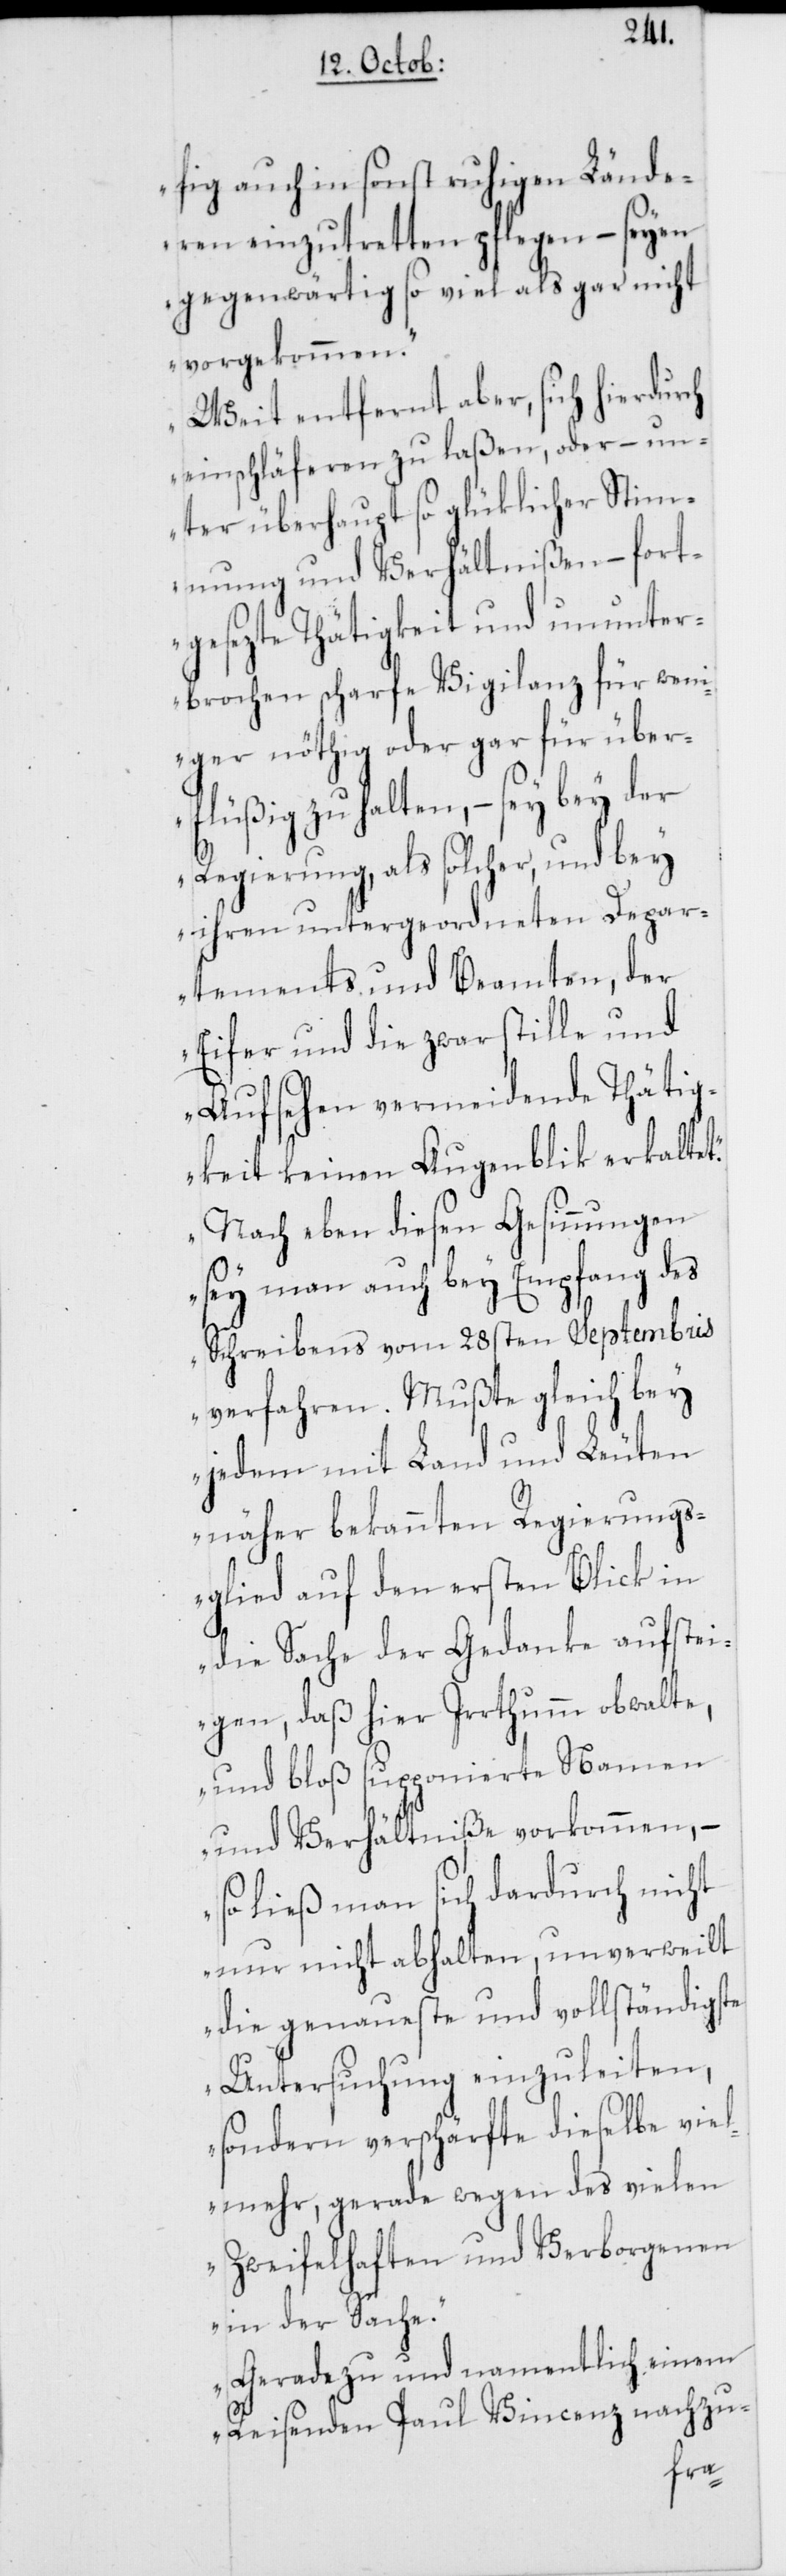
fig auch in sonst ruhigen Lände¬
ren einzutretten pflegen – seyen
gegenwärtig so viel als gar nicht
vorgekommen.
Weit entfernt aber, sich hierdurch
einschläferen zu laßen, oder – un¬
ter überhaupt so glüklicher Stim¬
mung und Verhältnißen – fort¬
gesezte Thätigkeit und ununter¬
brochen scharfe Vigilanz für wen¬
iger nöthig oder gar für über¬
flüßig zu halten, – sey bey der
Regierung, als solcher, und bey
ihren untergeordneten Depar¬
tements und Beamten, der
Eifer und die zwar stille und
Aufsehen vermeidende Thätig¬
keit keinen Augenblik erkaltet.
Nach eben diesen Gesinnungen
sey man auch bey Empfang des
Schreibens vom 28sten Septembris
verfahren. Mußte gleich bey
jedem mit Land und Leuten
näher bekannten Regierungs¬
glied auf den ersten Blick in
die Sache der Gedanke aufstei¬
gen, daß hier Irrthumm obwalte,
und bloß supponierte Namen
und Verhältniße vorkommen, –
so ließ man sich dradurch nicht
nur nicht abhalten, unverweilt
die genaueste und vollständigste
Untersuchung einzuleiten,
sondern verschärfte dieselbe vie¬
lmehr, gerade wegen des vielen
Zweifelhaften und Verborgenen
in der Sache.
Gerade zu und namentlich einem
Reisenden Paul Vincenz nachzu-